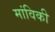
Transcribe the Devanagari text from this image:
मांविकी